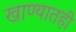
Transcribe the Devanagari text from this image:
खाण्यातही